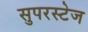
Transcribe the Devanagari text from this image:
सुपरस्टेज